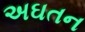
અઘતન